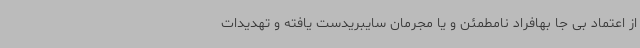
از اعتماد بی جا بهافراد نامطمئن و یا مجرمان سایبریدست یافته و تهدیدات